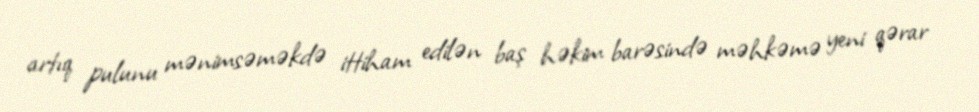
artıq pulunu mənimsəməkdə ittiham edilən baş həkim barəsində məhkəmə yeni qərar